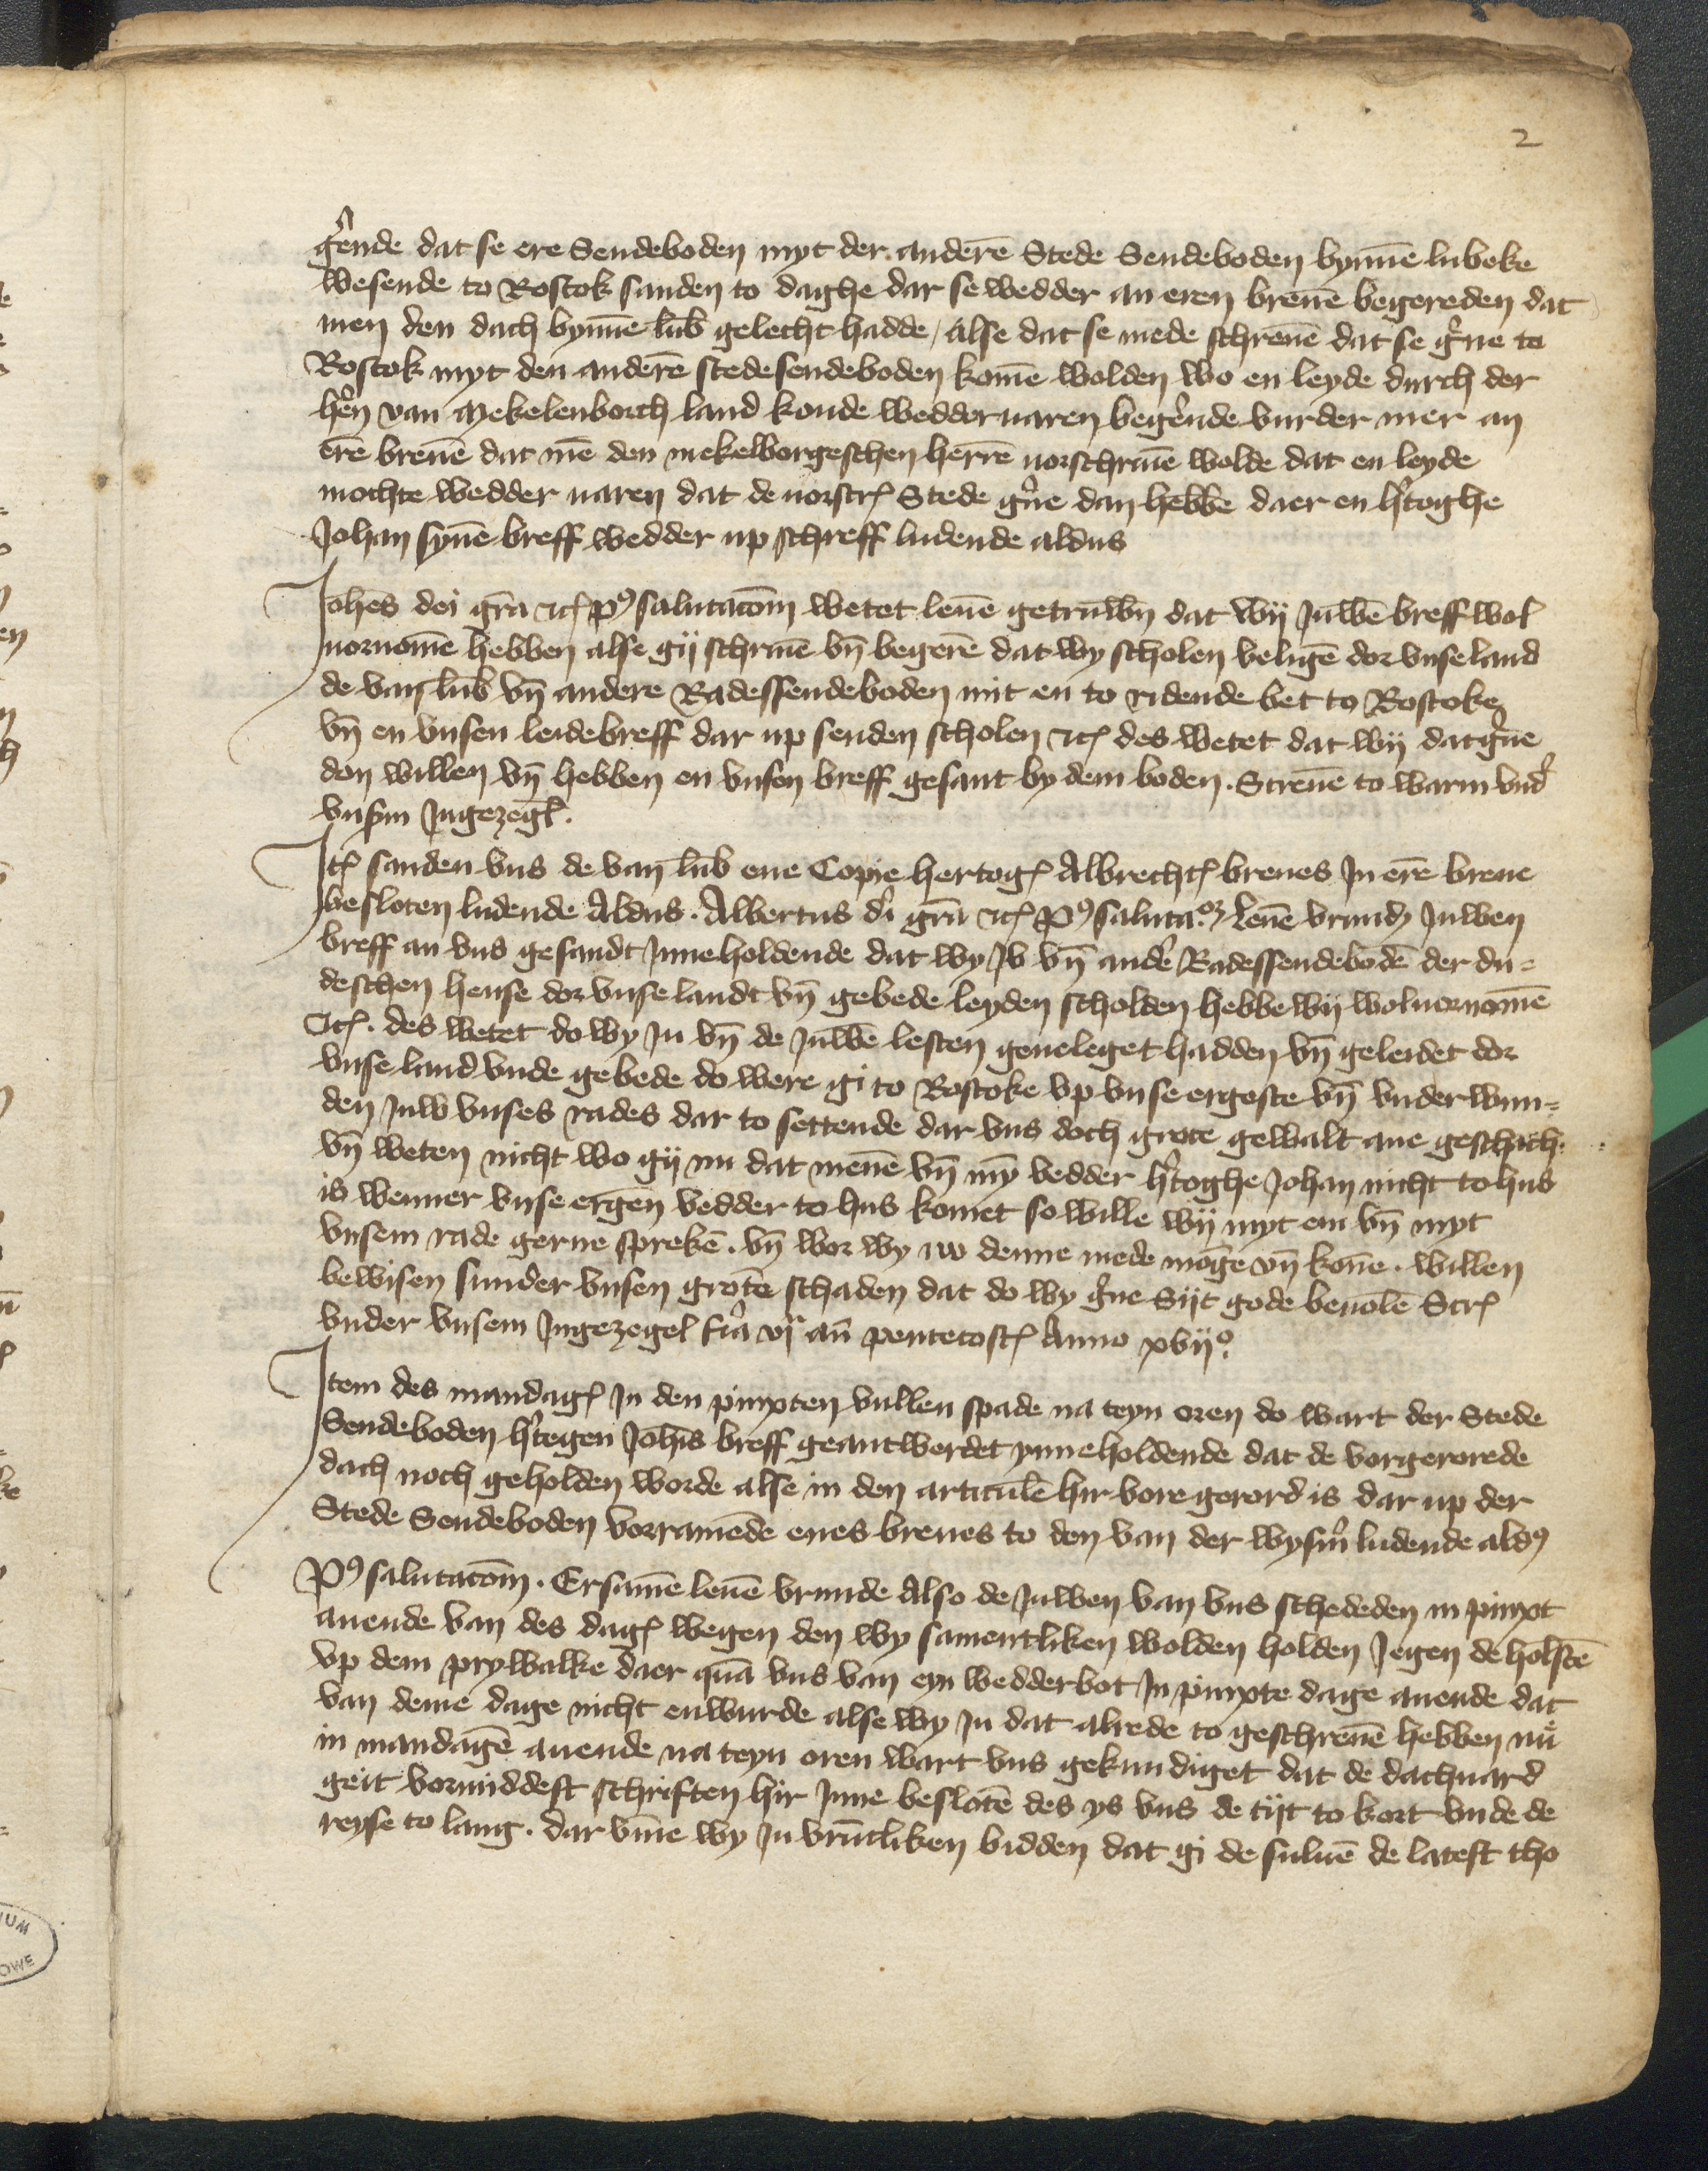
gerende dat se ere Sendeboden myt der anderen Stede Sendeboden bynnen Lubeke
wesende to Rostok sanden to daghe dar se wedder an eren breuen begereden dat
men den dach bynnen Lubeke gelecht hadde, alse dat se mede schreuen dat se gerne to
Rostok myt den anderen stedesendeboden komen wolden wo en leyde durch der
herren van Mekelenborch land konde wedderuaren begerende vurder mer an
eren breuen dat men den Mekelborgeschen herren uorschriuen wolde dat en leyde
mochte wedder uaren dat de uorscreuen Stede gerne dan hebben daer en hertoghe
Johan synen breff wedder up schreff ludende aldus

Johens dei qratia etcetera post salutationem wetet leuen getruwn dat wi Juwen breff wol
uornomen hebben alse gy schriuen vnd begeren dat wy scholen veligen dor vnse land
de van Lubeke vnd andere Radessendeboden mit en to ridende bet to Rostoke
vnd en vnsen leidebreff dar up senden scholen etcetera des wetet dat wy dat gerne
don willen vnd hebben en vnsen breff gesant by dem boden Screuen to warm vnder
vnsin Jngezeglen.

Jtem sanden vns de van Lubek ene Copie hertoges Albrechtes breues Jn eren breue
besloten ludende Aldus Albertus dei gratia etcetera post salutationem, leuen vrunden Juwen
breff an vns gesandt Jnneholdende dat wy Jv vnd andere Radessendeboden der du¬
deschen hense dor vnse landt by gebede leyden scholden hebbe wy woluernommen
Jtem des wetet do wy Jn vnd de Juwen lesten geueleget hadden bnd geleidet dor
vnse land vnde gebede do were gi to Rostoke vp vnse ergeste vnd vnder wun¬
den Juw vnses rades dar to settende dar vns doch grote gewalt ane geschich.
vnd weten nicht wo gy nu dat menen vnd myn vedder hertoghe Johan nicht to hus
is wenner vnse ergenomden vedder to hus komet so wille wy myt em vnd myt
vnsem rade gerne spreken vnd wor wy iw denne mede mogen vnd konen, willen
bewisen sunder vnsen groten schaden dat do wy gerne Syt gode beuolen Screuen
vnder vnsem Jngezegel fiare vj an pentetostes Anno xvijo.

Jtem des mandages Jn den pinxten vullen spade na teyn oren do wart der Stede
Sendeboden hertegen Johanis breff geantwerdet ynneholdende dat de vorgerorede
dach noch geholden worde alse in den articulen hir vore gerord is dar up der
Stede Sendeboden vorramende enes breues to den van der Wysmer ludende aldus

Post salutationem. Ersamen leuen vrunde Also de Juwen van vns schededen in pinxt
auende van des dages wegen den wy samentliken wolden holden Jegen de Holsten
vp dem Prywalke daer quam vns van eyn wedderbot Jn pinxte dage auende dat
van deme dage nicht enwurde alse wy Jn dat alrede to geschreuen hebben nuͤ
in mandagen auende na teyn oren wart vns gekundiget dat de dachuard
geit vormiddest schriften hir Jnne besloten des ys vns de tyt to kort vnde de
reyse to lang. dar vmme wy Jn vruntliken bidden dat gi de suluen de latest tho